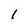
Character: I